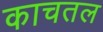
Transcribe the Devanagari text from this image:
काचतल